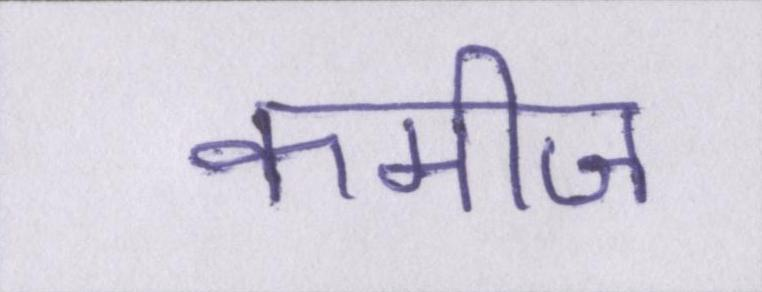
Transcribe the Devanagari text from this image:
कमीज